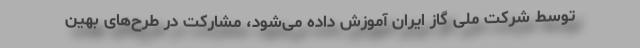
توسط شرکت ملی گاز ایران آموزش داده می‌شود، مشارکت در طرح‌های بهین